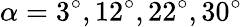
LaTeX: \alpha=3^{\circ},12^{\circ},22^{\circ},30^{\circ}